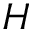
{ \cal H }